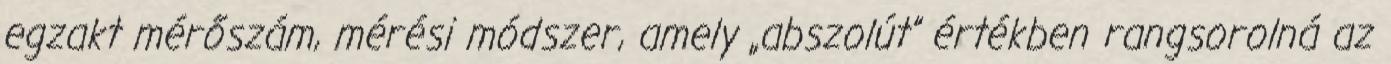
egzakt mérőszám, mérési módszer, amely „abszolút” értékben rangsorolná az